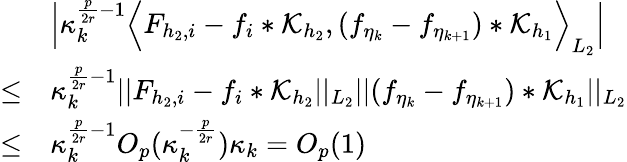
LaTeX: \begin{array}{rl}&{\Big|\kappa_{k}^{\frac{p}{2r}-1}\Big\langle F_{{h_{2}},i}-f_{i}*\mathcal{K}_{h_{2}},(f_{\eta_{k}}-f_{\eta_{k+1}})*\mathcal{K}_{h_{1}}\Big\rangle_{L_{2}}\Big|}\\ {\le}&{\kappa_{k}^{\frac{p}{2r}-1}\vert\vert F_{{h_{2}},i}-f_{i}*\mathcal{K}_{h_{2}}\vert\vert_{L_{2}}\vert\vert(f_{\eta_{k}}-f_{\eta_{k+1}})*\mathcal{K}_{h_{1}}\vert\vert_{L_{2}}}\\ {\le}&{\kappa_{k}^{\frac{p}{2r}-1}O_{p}(\kappa_{k}^{-\frac{p}{2r}})\kappa_{k}=O_{p}(1)}\end{array}